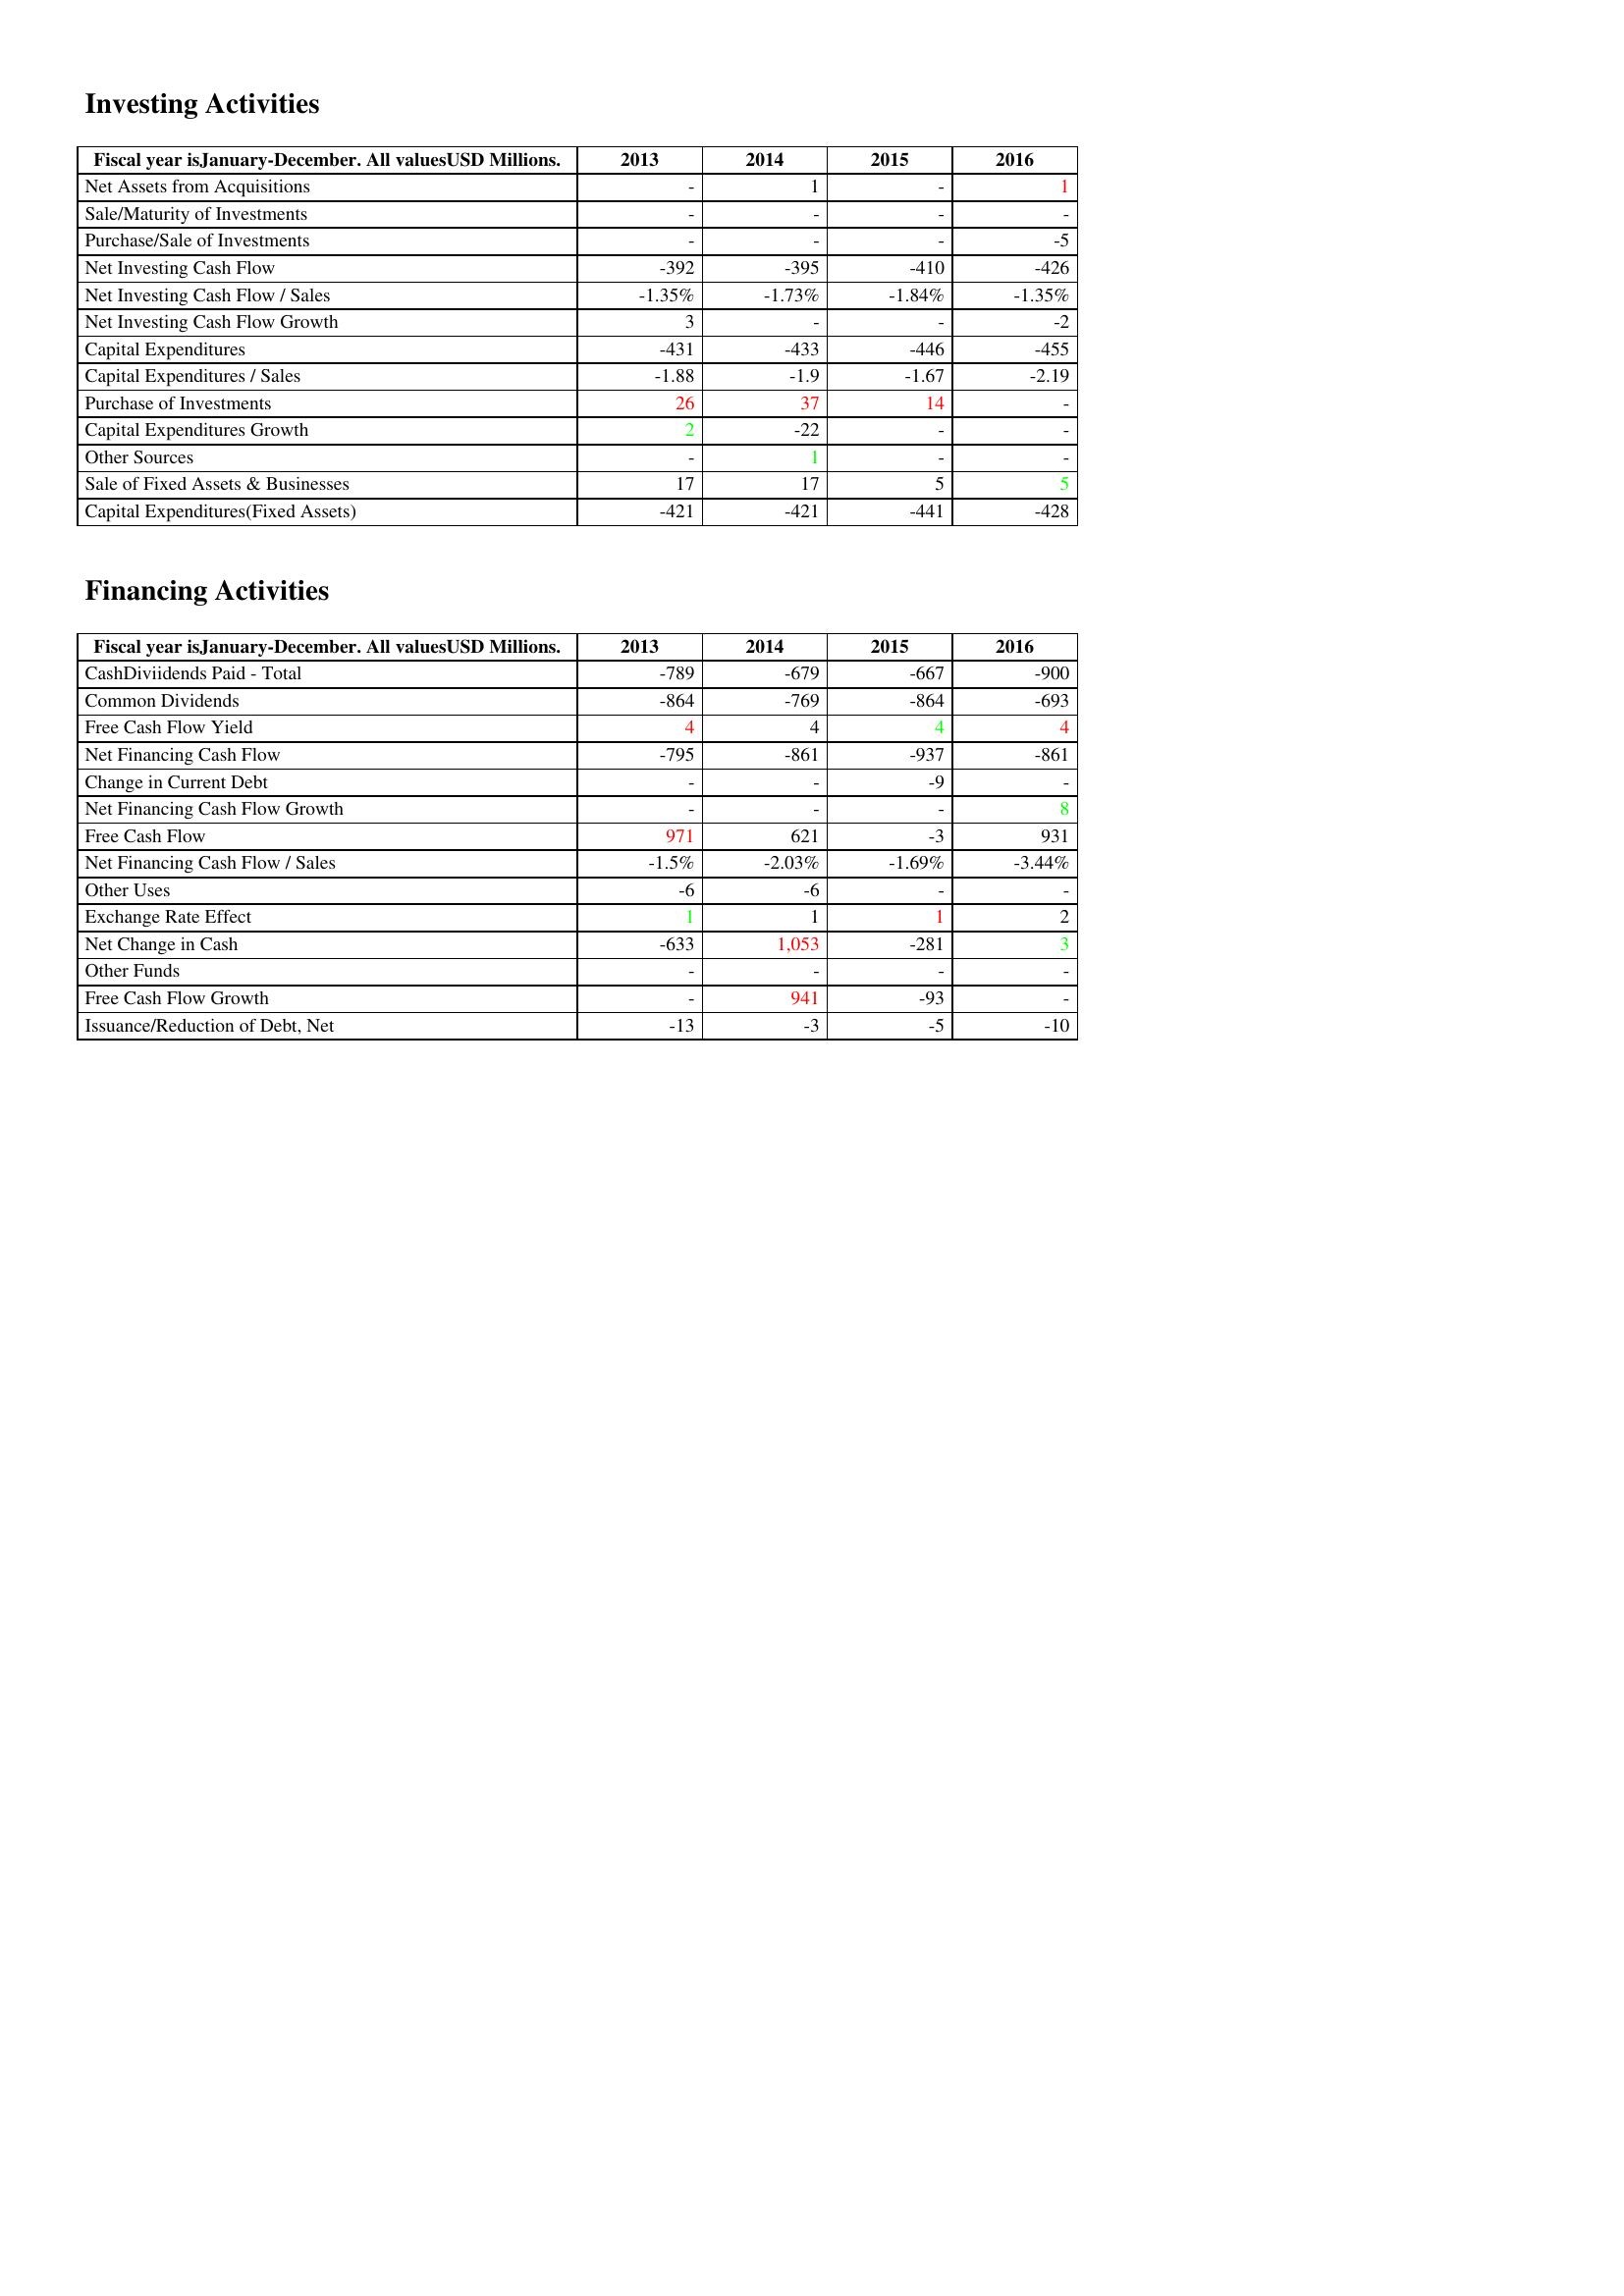
gt_parse: 2013: Investing Activities: Net Assets from Acquisitions: -
Sale/Maturity of Investments: -
Purchase/Sale of Investments: -
Net Investing Cash Flow: -392
Net Investing Cash Flow / Sales: -1.35%
Net Investing Cash Flow Growth: 3
Capital Expenditures: -431
Capital Expenditures / Sales: -1.88
Purchase of Investments: 26
Capital Expenditures Growth: 2
Other Sources: -
Sale of Fixed Assets & Businesses: 17
Capital Expenditures(Fixed Assets): -421
Financing Activities: CashDiviidends Paid - Total: -789
Common Dividends: -864
Free Cash Flow Yield: 4
Net Financing Cash Flow: -795
Change in Current Debt: -
Net Financing Cash Flow Growth: -
Free Cash Flow: 971
Net Financing Cash Flow / Sales: -1.5%
Other Uses: -6
Exchange Rate Effect: 1
Net Change in Cash: -633
Other Funds: -
Free Cash Flow Growth: -
Issuance/Reduction of Debt, Net: -13
2014: Investing Activities: Net Assets from Acquisitions: 1
Sale/Maturity of Investments: -
Purchase/Sale of Investments: -
Net Investing Cash Flow: -395
Net Investing Cash Flow / Sales: -1.73%
Net Investing Cash Flow Growth: -
Capital Expenditures: -433
Capital Expenditures / Sales: -1.9
Purchase of Investments: 37
Capital Expenditures Growth: -22
Other Sources: 1
Sale of Fixed Assets & Businesses: 17
Capital Expenditures(Fixed Assets): -421
Financing Activities: CashDiviidends Paid - Total: -679
Common Dividends: -769
Free Cash Flow Yield: 4
Net Financing Cash Flow: -861
Change in Current Debt: -
Net Financing Cash Flow Growth: -
Free Cash Flow: 621
Net Financing Cash Flow / Sales: -2.03%
Other Uses: -6
Exchange Rate Effect: 1
Net Change in Cash: 1,053
Other Funds: -
Free Cash Flow Growth: 941
Issuance/Reduction of Debt, Net: -3
2015: Investing Activities: Net Assets from Acquisitions: -
Sale/Maturity of Investments: -
Purchase/Sale of Investments: -
Net Investing Cash Flow: -410
Net Investing Cash Flow / Sales: -1.84%
Net Investing Cash Flow Growth: -
Capital Expenditures: -446
Capital Expenditures / Sales: -1.67
Purchase of Investments: 14
Capital Expenditures Growth: -
Other Sources: -
Sale of Fixed Assets & Businesses: 5
Capital Expenditures(Fixed Assets): -441
Financing Activities: CashDiviidends Paid - Total: -667
Common Dividends: -864
Free Cash Flow Yield: 4
Net Financing Cash Flow: -937
Change in Current Debt: -9
Net Financing Cash Flow Growth: -
Free Cash Flow: -3
Net Financing Cash Flow / Sales: -1.69%
Other Uses: -
Exchange Rate Effect: 1
Net Change in Cash: -281
Other Funds: -
Free Cash Flow Growth: -93
Issuance/Reduction of Debt, Net: -5
2016: Investing Activities: Net Assets from Acquisitions: 1
Sale/Maturity of Investments: -
Purchase/Sale of Investments: -5
Net Investing Cash Flow: -426
Net Investing Cash Flow / Sales: -1.35%
Net Investing Cash Flow Growth: -2
Capital Expenditures: -455
Capital Expenditures / Sales: -2.19
Purchase of Investments: -
Capital Expenditures Growth: -
Other Sources: -
Sale of Fixed Assets & Businesses: 5
Capital Expenditures(Fixed Assets): -428
Financing Activities: CashDiviidends Paid - Total: -900
Common Dividends: -693
Free Cash Flow Yield: 4
Net Financing Cash Flow: -861
Change in Current Debt: -
Net Financing Cash Flow Growth: 8
Free Cash Flow: 931
Net Financing Cash Flow / Sales: -3.44%
Other Uses: -
Exchange Rate Effect: 2
Net Change in Cash: 3
Other Funds: -
Free Cash Flow Growth: -
Issuance/Reduction of Debt, Net: -10